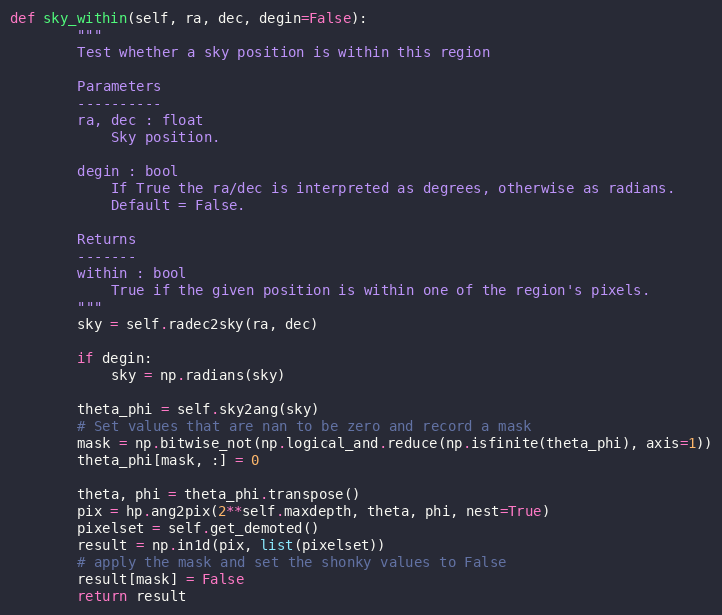
Language: Python
def sky_within(self, ra, dec, degin=False):
        """
        Test whether a sky position is within this region

        Parameters
        ----------
        ra, dec : float
            Sky position.

        degin : bool
            If True the ra/dec is interpreted as degrees, otherwise as radians.
            Default = False.

        Returns
        -------
        within : bool
            True if the given position is within one of the region's pixels.
        """
        sky = self.radec2sky(ra, dec)

        if degin:
            sky = np.radians(sky)

        theta_phi = self.sky2ang(sky)
        # Set values that are nan to be zero and record a mask
        mask = np.bitwise_not(np.logical_and.reduce(np.isfinite(theta_phi), axis=1))
        theta_phi[mask, :] = 0

        theta, phi = theta_phi.transpose()
        pix = hp.ang2pix(2**self.maxdepth, theta, phi, nest=True)
        pixelset = self.get_demoted()
        result = np.in1d(pix, list(pixelset))
        # apply the mask and set the shonky values to False
        result[mask] = False
        return result